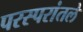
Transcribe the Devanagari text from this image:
परस्परांतले